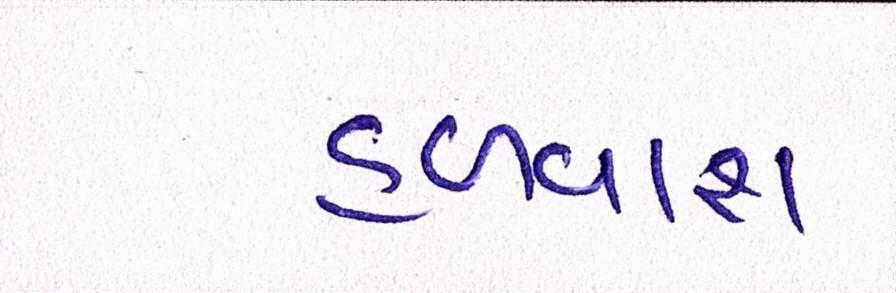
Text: હળવાશ